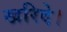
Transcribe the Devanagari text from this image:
खरिदे।